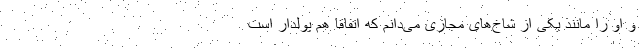
و او را مانند یکی از شاخ‌های مجازی می‌دانم که اتفاقا هم پولدار است